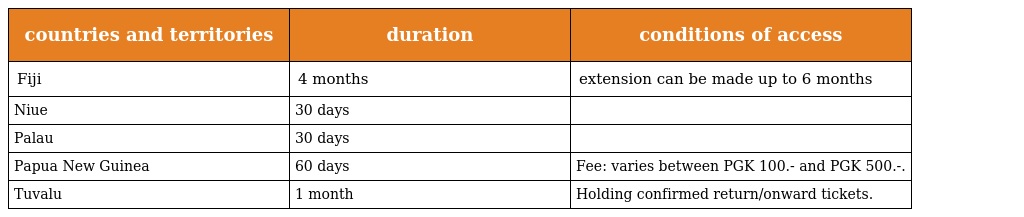
| countries and territories | duration | conditions of access |
 | --- | --- | --- |
 | Fiji | 4 months | extension can be made up to 6 months |
 | Niue | 30 days |  |
 | Palau | 30 days |  |
 | Papua New Guinea | 60 days | Fee: varies between PGK 100.- and PGK 500.-. |
 | Tuvalu | 1 month | Holding confirmed return/onward tickets. |